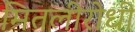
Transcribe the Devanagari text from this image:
मितलीरोधी